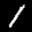
Label: 1